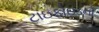
ટાઇફોઇડનો